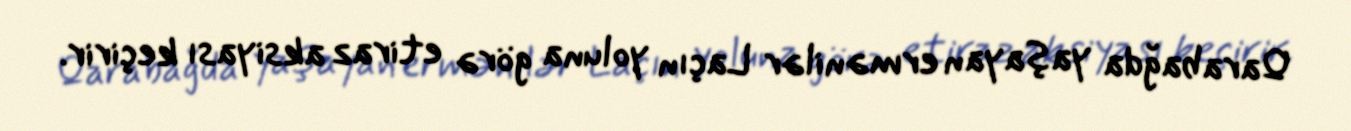
Qarabağda yaşayan ermənilər Laçın yoluna görə etiraz aksiyası keçirir.